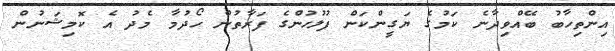
އިންތިހާބު ބޭއްވިދާނެ ކަމުގެ ޔަގީންކަން ފުލުހުންގެ ފަރާތުން ހޯދުމާ މެދު އެ ކޮމިޝަނުން